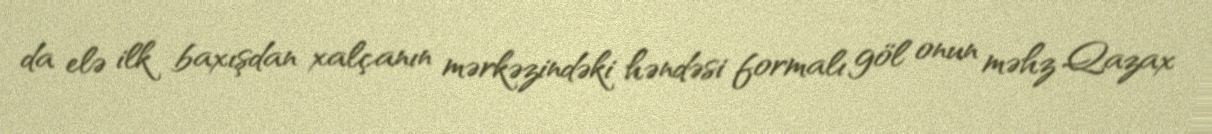
da elə ilk baxışdan xalçanın mərkəzindəki həndəsi formalı göl onun məhz Qazax